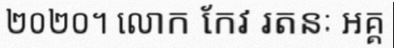
២០២០។ លោក កែវ រតនៈ អគ្គ